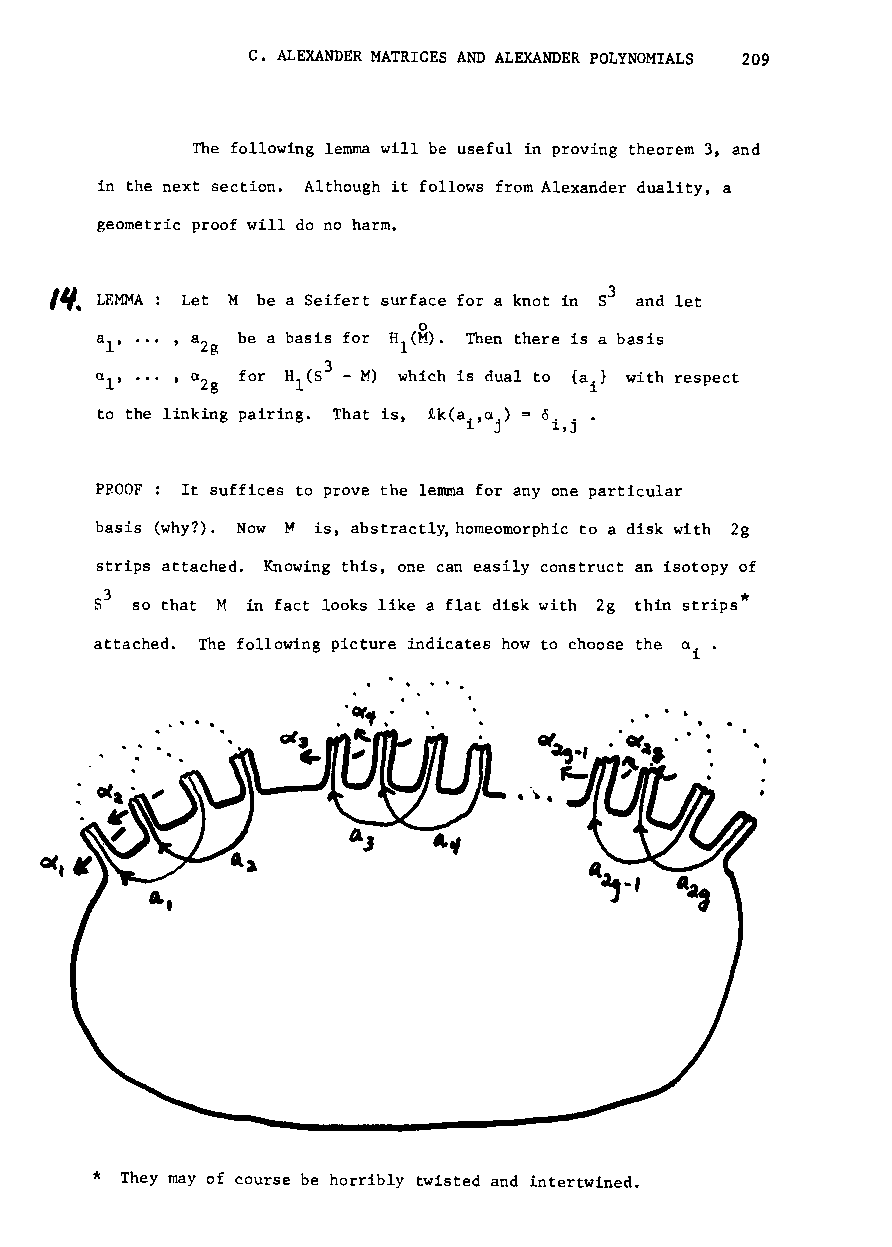
C. ALEXANDER MATRICES AND ALEXANDER POLYNOMIALS 209
 The following lemma will be useful in proving theorem 3, and
 in the next section. Although it follows from Alexander duality, a
 geometric proof will do no harm.
 I~.                                  3
 LEMMA: Let M be a Seifert surface for a knot in 8 and let
 o
 aI'  , a  be a basis for Hl(M). Then there is a basis
 Zg
 3
 n I,  , a
 Zg
 for H 1(S - M) which is dual to {ail with respect
 to the linking pairing. That is, R,k(a1.",Clj ) = <5 1" .,J•
 PROOF It suffices to prove the lemma for anyone particular
 basis (why?). Now ~ is, abstractl~homeomorphic to a disk with 2g
 strips attached. Knowing this, one can easily construct an isotopy of
 3
 8  so that H in fact looks like a flat disk with 2g thin strips·
 attached. The following picture indicates how to choose the a .
 i
 . . .
 * They may of course be horribly twisted and intertwined.